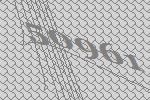
50961